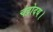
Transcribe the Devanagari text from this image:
चंद्रोदय।